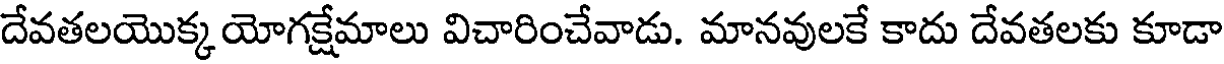
దేవతలయొక్క యోగక్షేమాలు విచారించేవాడు. మానవులకే కాదు దేవతలకు కూడా